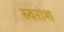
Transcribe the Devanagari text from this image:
स्वरांश